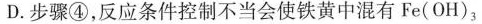
D.步骤④，反应条件控制不当会使铁黄中混有Fe(OH)_{3}